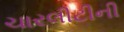
ચારલીટીની